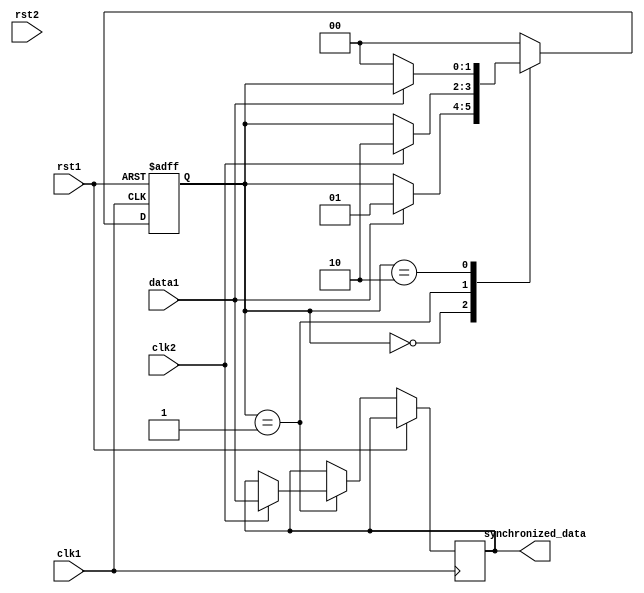
module Synchronizer (
    input wire clk1,           // Clock signal for domain 1
    input wire rst1,           // Reset signal for domain 1
    input wire data1,          // Data signal from domain 1
    output reg synchronized_data, // Synchronized data signal for domain 2
    input wire clk2,           // Clock signal for domain 2
    input wire rst2            // Reset signal for domain 2
);

reg [1:0] state;               // State variable for handshaking logic

always @(posedge clk1 or posedge rst1) begin
    if (rst1) begin
        state <= 2'b00;       // Initialize state to idle
    end else begin
        case (state)
            2'b00: begin       // Idle state
                if (data1) begin
                    state <= 2'b01; // Move to handshake state
                end
            end
            2'b01: begin       // Handshake state
                if (clk2) begin
                    synchronized_data <= data1; // Synchronize data
                    state <= 2'b10; // Move to synchronized state
                end
            end
            2'b10: begin       // Synchronized state
                if (!data1) begin
                    state <= 2'b00; // Move back to idle state
                end
            end
            default: state <= 2'b00; // Default to idle state
        endcase
    end
end

endmodule